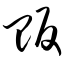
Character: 贩